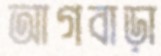
আগবাড়া